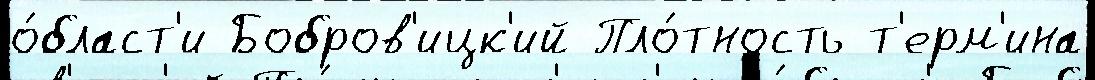
о́бласт'и Бобров'ицк'ий Пло́тность т'ерм'ина